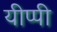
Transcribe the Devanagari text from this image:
यीप्पी